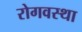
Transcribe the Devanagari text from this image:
रोगवस्था